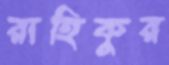
রাহিকুর